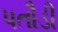
પતૌડી